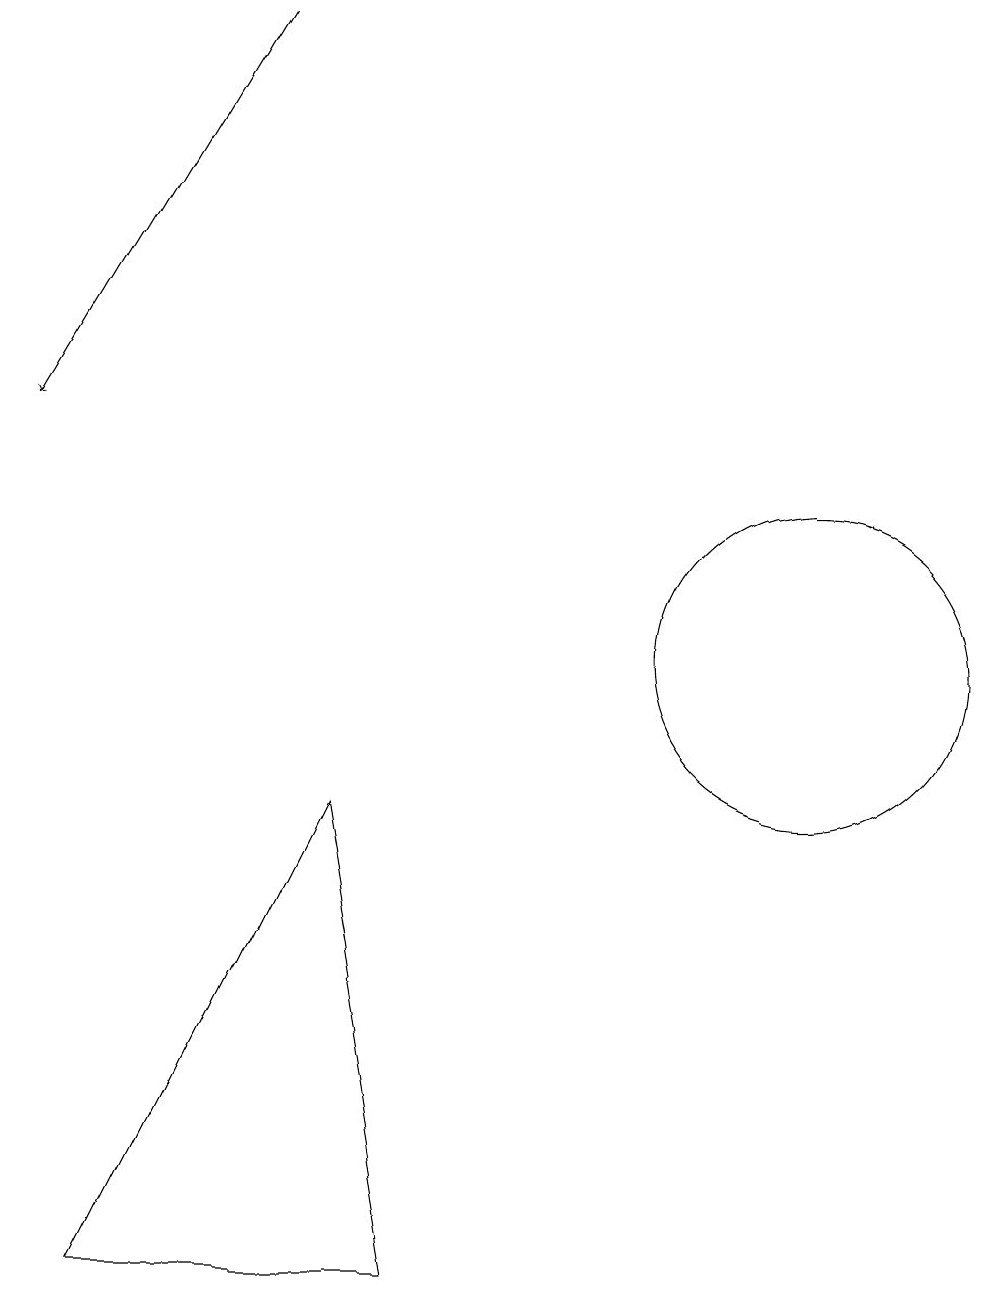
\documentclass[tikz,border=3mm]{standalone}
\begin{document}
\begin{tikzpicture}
\draw[->] (3,18) -- (0,13);
\draw (4,8) -- (5,2) -- (1,2) -- cycle;
\draw (10,10) circle (2);
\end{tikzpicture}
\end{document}